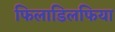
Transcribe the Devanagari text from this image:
फिलाडिलफिया